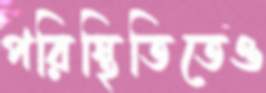
পরিস্থিতিতেও